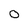
Character: 0